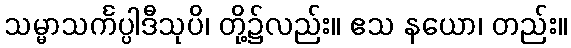
သမ္မာသင်္ကပ္ပါဒီသုပိ၊ တို့၌လည်း။ ဧသ နယော၊ တည်း။